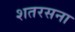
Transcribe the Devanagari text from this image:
शतरसना